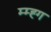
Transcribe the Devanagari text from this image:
म्म्ह्ग